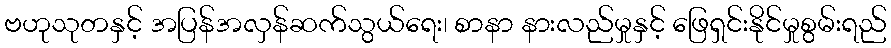
ဗဟုသုတနှင့် အပြန်အလှန်ဆက်သွယ်ရေး၊ စာနာ နားလည်မှုနှင့် ဖြေရှင်းနိုင်မှုစွမ်းရည်